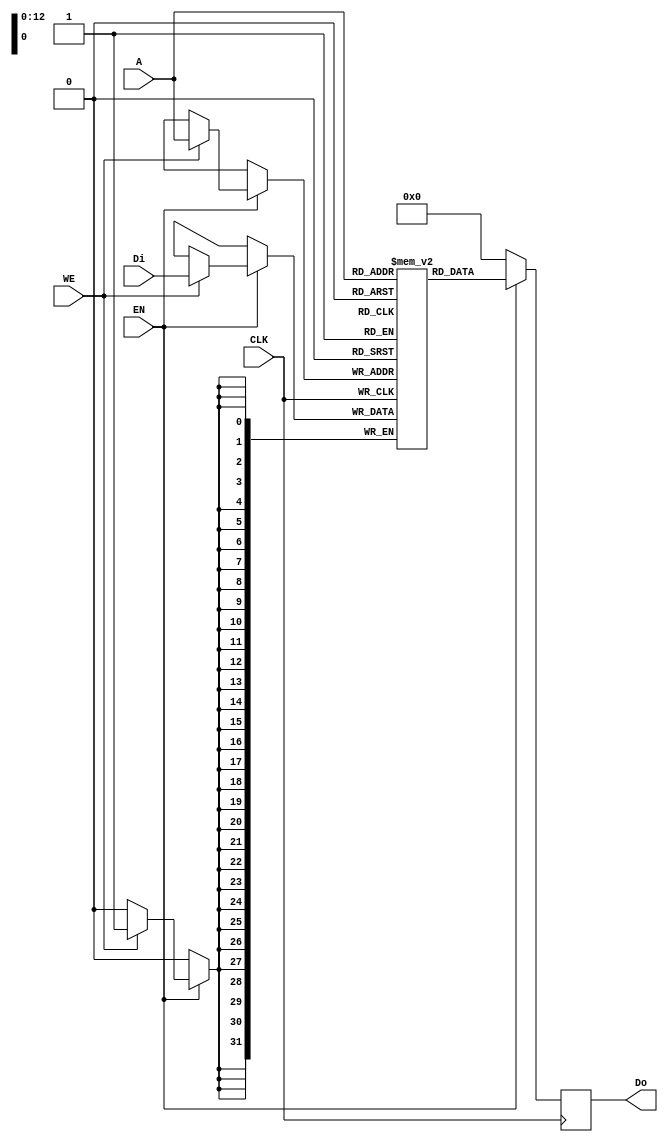
/* BRAM 
latency = 10 T 
burst = no
continuous read / write = 1
*/

module bram(
    CLK,
    WE,
    EN,
    Di,
    Do,
    A
);

    input   wire            CLK;
    input   wire            WE;
    input   wire            EN;
    input   wire    [31:0]  Di;
    output  reg     [31:0]  Do;
    input   wire    [12:0]   A;

    // 128 kB
    parameter N = 13 ;
    (* ram_style = "block" *) reg [31:0] RAM[0:2**N-1];

    always @(posedge CLK)
        if(EN) begin
            Do <= RAM[A];
            if(WE) begin
                RAM[A] <= Di;
            end
        end
        else
            Do <= 32'b0;
endmodule